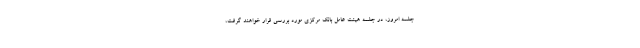
جلسه امروز، در جلسه هیئت عامل بانک مرکزی مورد بررسی قرار خواهند گرفت،